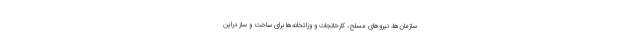
سازمان‌ها، نیروهای مسلح، کارخانجات و وزاتخانه‌ها برای ساخت و ساز دراین